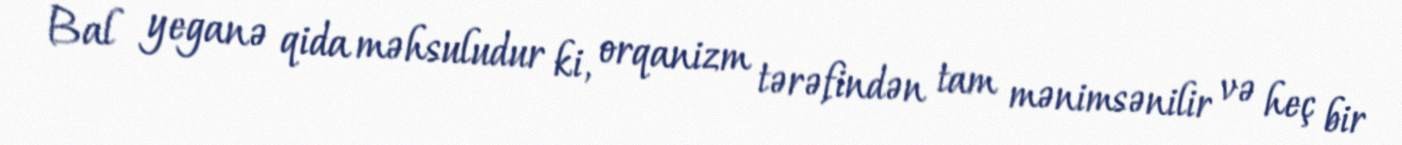
Bal yeganə qida məhsuludur ki, orqanizm tərəfindən tam mənimsənilir və heç bir